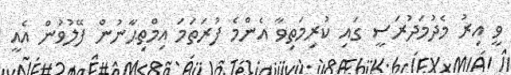
ވީ އިރު މެދުމަދުރަސީ ގައި ކުރިމަތިވާ އެންމެ ފުރަތަމަ އިމްތިޙާނުން ފޭލުވުން އެއީ